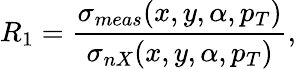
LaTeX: {R_{1}}={\frac{\sigma_{meas}(x,y,\alpha,p_{T})}{\sigma_{nX}(x,y,\alpha,p_{T})}},